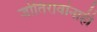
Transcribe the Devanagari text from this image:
जोतिरावांनाही